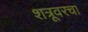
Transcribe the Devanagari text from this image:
शत्रूवरचा